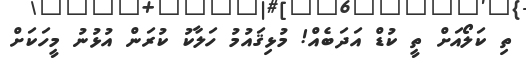
ތި ކަލޯއަށް ތީ ކުޑް އަދަބެއް! މުޅިޤައުމު ހަލާކު ކުރަން އުޅުނު މީހަކަށް